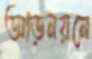
আড়নয়নে